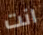
انت